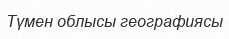
Түмен облысы географиясы